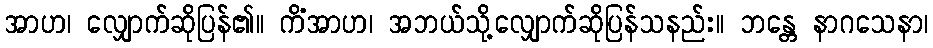
အာဟ၊ လျှောက်ဆိုပြန်၏။ ကိံအာဟ၊ အဘယ်သို့လျှောက်ဆိုပြန်သနည်း။ ဘန္တေ နာဂသေနာ၊